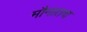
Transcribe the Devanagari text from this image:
मौनातच